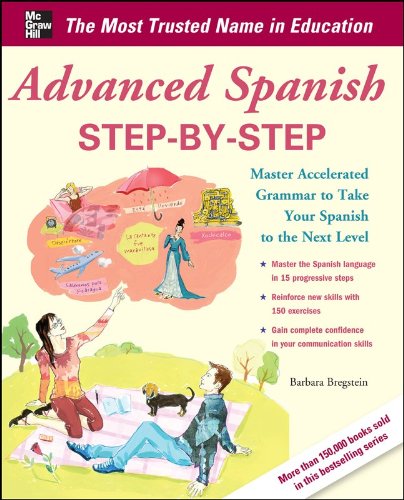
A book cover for Advanced Spanish Step-by-Step: Master Accelerated Grammar to Take Your Spanish to the Next Level (Easy Step-by-Step Series); Barbara Bregstein; Reference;